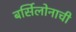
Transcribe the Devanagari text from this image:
बर्सिलोनाची